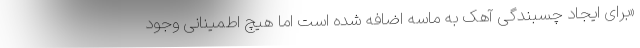
«برای ایجاد چسبندگی آهک به ماسه اضافه شده است اما هیچ اطمینانی وجود